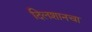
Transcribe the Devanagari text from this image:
दिलशानचा